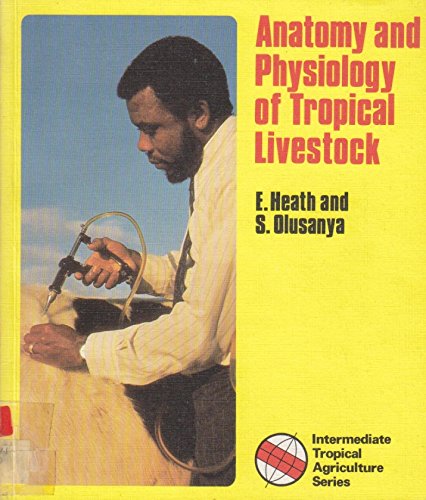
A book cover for Anatomy and Physiology of Tropical Livestock (Tropical Agriculture); E. Heath; Science & Math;